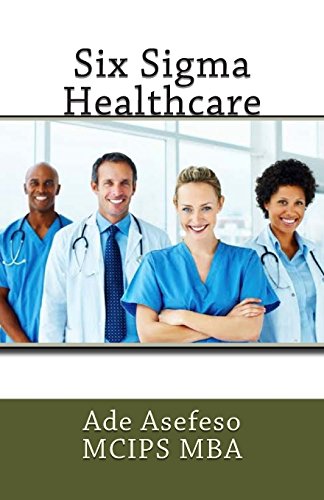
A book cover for Six Sigma Healthcare; Ade Asefeso MCIPS MBA; Business & Money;